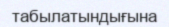
табылатындығына